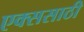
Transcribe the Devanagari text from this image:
एक्ससाठी